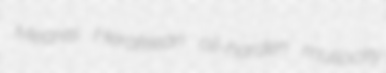
Meares Heraklean oil-harden mullocky